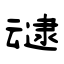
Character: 叇